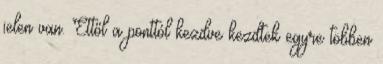
jelen van. Ettől a ponttól kezdve kezdtek egyre többen